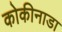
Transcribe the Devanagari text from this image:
कोकीनाडा